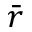
\bar { r }